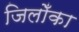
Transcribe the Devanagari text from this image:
जिलोँका